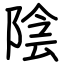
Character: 陰